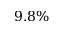
9 . 8 \%